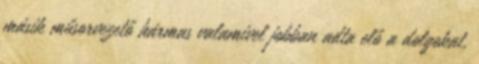
másik műsorvezető hármas valamivel jobban adta elő a dolgokat,